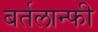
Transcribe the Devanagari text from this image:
बर्तलान्फी